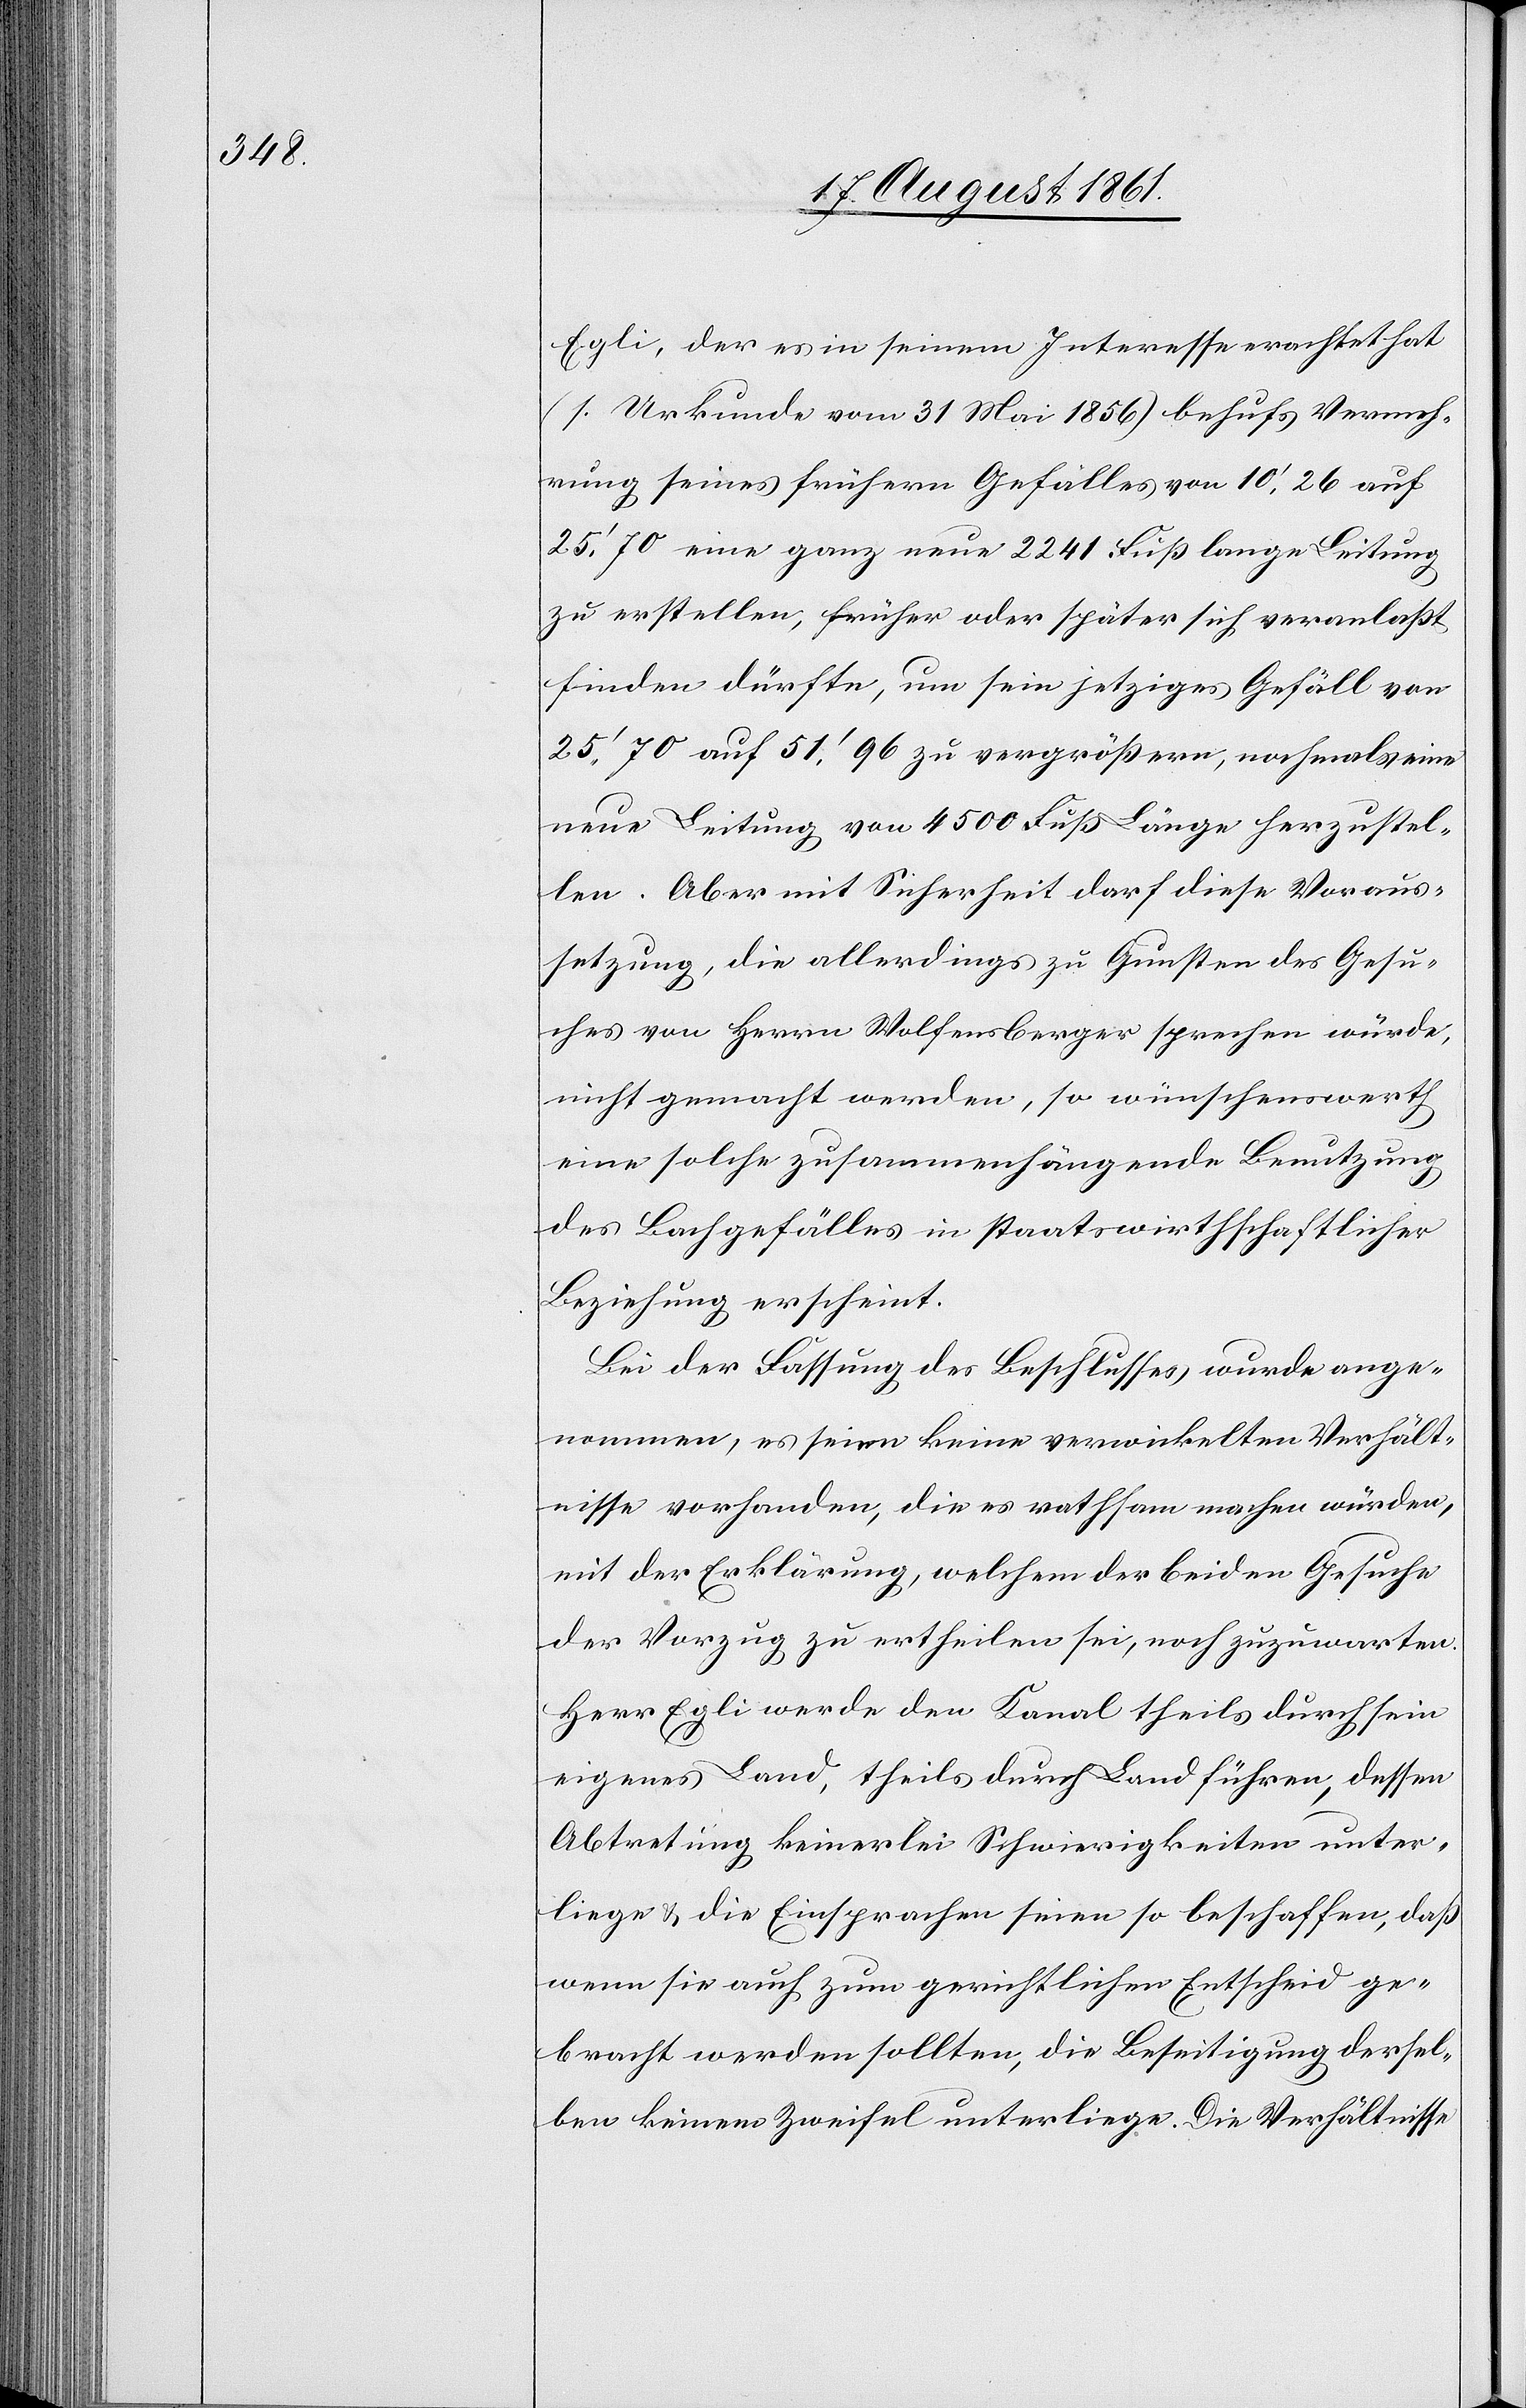
Egli, der es in seinem Interesse erachtet hat
(s. Urkunde vom 31 Mai 1856) behufs Vermeh¬
rung seines frühern Gefälles vom 10’26 auf
25’70 eine ganz neue 2241 Fuß lange Leitung
zu erstellen, früher oder später sich veranlaßt
finden dürfte, um sein jetziges Gefäll von
25’70 auf 51’96 zu vergrößern, nochmals eine
neue Leitung von 4500 Fuß Länge herzustel¬
len. Aber mit Sicherheit darf diese Voraus¬
setzung, die allerdings zu Gunsten des Gesu¬
ches von Herrn Wolfensberger sprechen würde,
nicht gemacht werden, so wünschenswerth
eine solche zusammenhängende Benutzung
des Bachgefälles in staatswirthschaftlicher
Beziehung erscheint.
Bei der Fassung des Beschlusses wurde ange¬
nommen, es seien keine verwinkelten Verhält¬
nisse vorhanden, die es rathsam machen würden,
mit der Erklärung, welchem der beiden Gesuche
der Vorzug zu ertheilen sei, noch zuzuwarten.
Herr Egli werde den Kanal theils durch sein
eigenes Land, theils durch Land führen, dessen
Abtretung keinerlei Schwierigkeiten unter¬
liege u. die Einsprachen seien so beschaffen, daß
wenn sie auch zum gerichtlichen Entscheid ge¬
bracht werden sollten, die Beseitigung dersel¬
ben keinem Zweifel unterliege. Die Verhältnisse